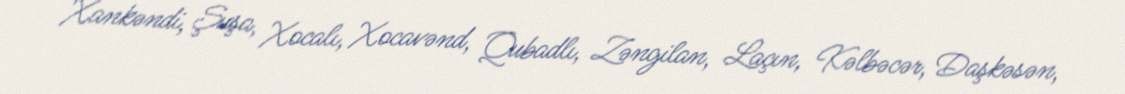
Xankəndi, Şuşa, Xocalı, Xocavənd, Qubadlı, Zəngilan, Laçın, Kəlbəcər, Daşkəsən,